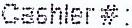
CASHIER #: